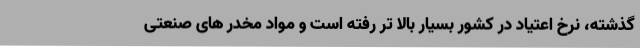
گذشته، نرخ اعتیاد در کشور بسیار بالا تر رفته است و مواد مخدر های صنعتی